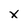
Character: x